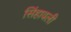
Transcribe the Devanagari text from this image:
सिंहावली